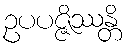
ဥပပဇ္ဇိဿန္တိ